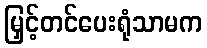
မြှင့်တင်ပေးရုံသာမက